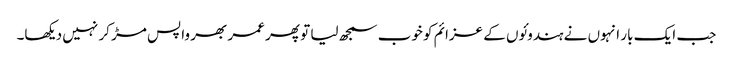
جب ایک بار انہوں نے ہندوئوں کے عزائم کو خوب سمجھ لیا تو پھر عمر بھر واپس مڑ کر نہیں دیکھا۔